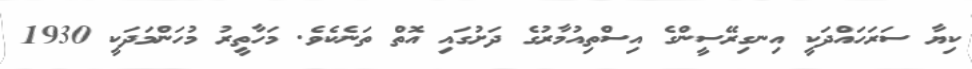
ކިޔާ ސަރަހައްދަކީ އިނގިރޭސީންގެ އިސްތިއުމާރުގެ ދަށުގައި އޮތް ތަނެކެވެ. މަހާތީރު މުހަންމަދަކީ 1930